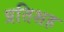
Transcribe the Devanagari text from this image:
प्रतिशह